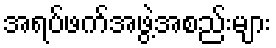
အရပ်ဖက်အဖွဲ့အစည်းများ